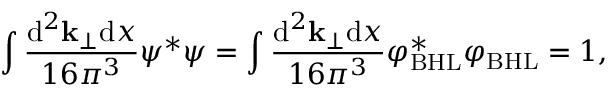
\int \frac { { \mathrm { d } } ^ { 2 } { \bf k } _ { \perp } { \mathrm { d } } x } { 1 6 { \pi } ^ { 3 } } { \psi } ^ { \ast } \psi = \int \frac { { \mathrm { d } } ^ { 2 } { \bf k } _ { \perp } { \mathrm { d } } x } { 1 6 { \pi } ^ { 3 } } { \varphi } _ { \mathrm { B H L } } ^ { \ast } { \varphi } _ { \mathrm { B H L } } = 1 ,